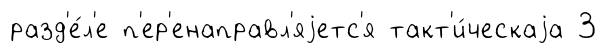
разд'е́л'е п'ер'енаправл'яjетс'я такт'и́ческаjа 3